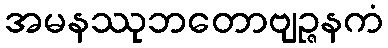
အမနဿုဘတောဗျဉ္ဇနကံ